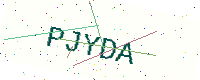
Text: PJYDA